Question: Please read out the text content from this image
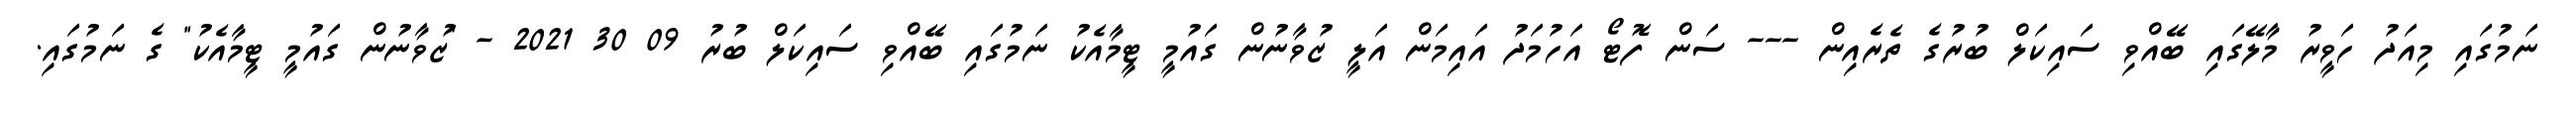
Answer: ނަމުގައި މިއަދު ހަވީރު މާލޭގައި ބޭއްވި ސައިކަލް ބުރުގެ ތެރެއިން --- ސަން ފޮޓޯ އަހުމަދު އައިމަން އަލީ ޒުވާނުން ގައުމީ ޓީމާއެކު ނަމުގައި ބޭއްވި ސައިކަލް ބުރު 09 30 2021 - "ޒުވާނުން ގައުމީ ޓީމާއެކު" ގެ ނަމުގައި.